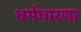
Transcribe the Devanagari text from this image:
धर्मधारणा